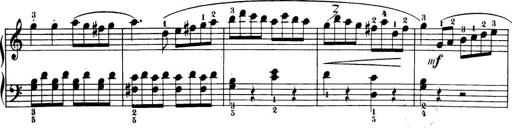
Title: 32 Sonatinas and Rondos for the Piano
Composer: Richard Kleinmichel